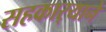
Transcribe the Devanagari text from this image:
सहकार्‍याने